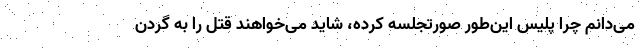
می‌دانم چرا پلیس این‌طور صورتجلسه کرده، شاید می‌خواهند قتل را به گردن